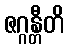
ဇဂ္ဂန္တီတိ